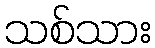
သစ်သား